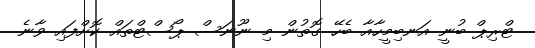
ޓްރިޕް ބުނީ އަނބިމީހާއާ ބެހޭ ގޮތުން މި ނޫނަސް ޕޯސްޓްތައް ކޮށްފައި ވާނެ